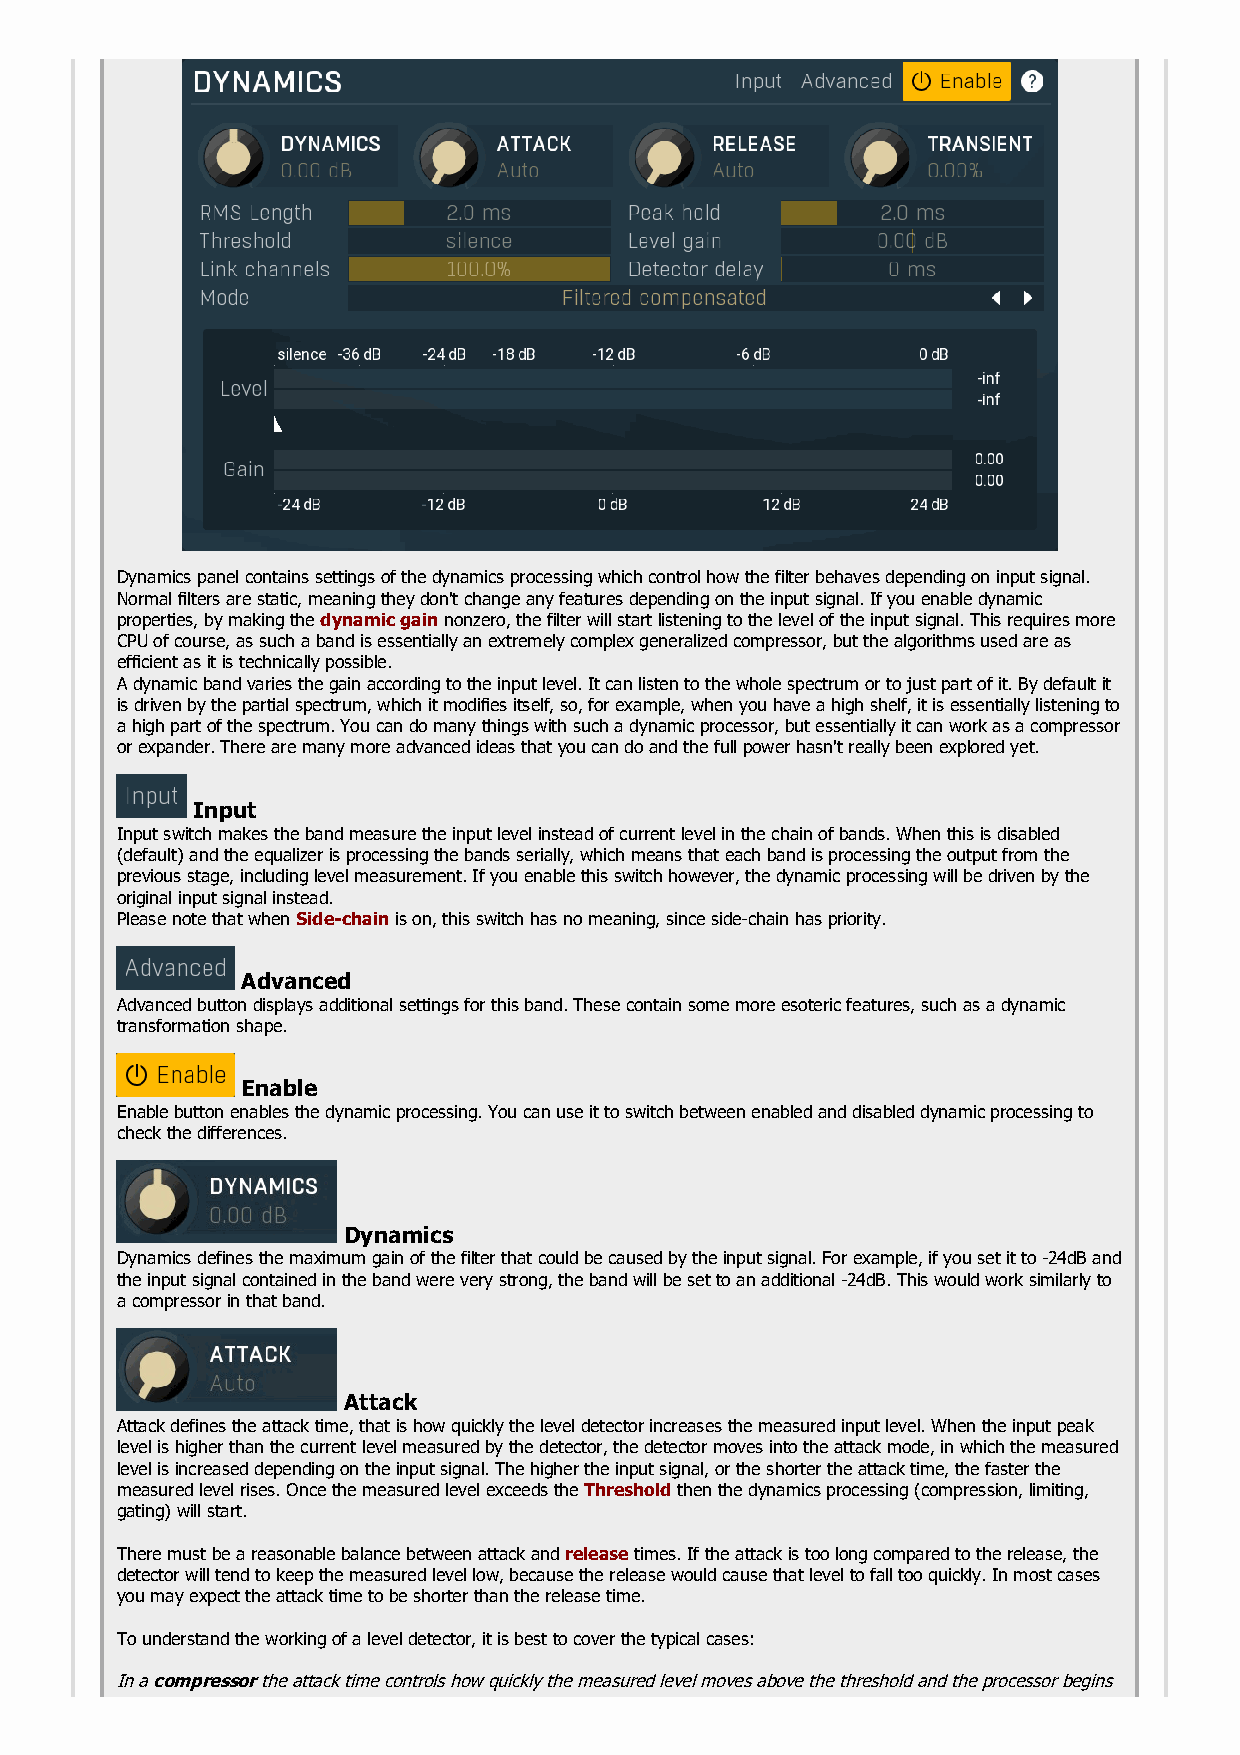
Dynamics panel contains settings of the dynamics processing which control how the filter behaves depending on input signal.
 Normal filters are static, meaning they don't change any features depending on the input signal. If you enable dynamic
 properties, by making the dynamic gain nonzero, the filter will start listening to the level of the input signal. This requires more
 CPU of course, as such a band is essentially an extremely complex generalized compressor, but the algorithms used are as
 efficient as it is technically possible.
 A dynamic band varies the gain according to the input level. It can listen to the whole spectrum or to just part of it. By default it
 is driven by the partial spectrum, which it modifies itself, so, for example, when you have a high shelf, it is essentially listening to
 a high part of the spectrum. You can do many things with such a dynamic processor, but essentially it can work as a compressor
 or expander. There are many more advanced ideas that you can do and the full power hasn't really been explored yet.
 Input
 Input switch makes the band measure the input level instead of current level in the chain of bands. When this is disabled
 (default) and the equalizer is processing the bands serially, which means that each band is processing the output from the
 previous stage, including level measurement. If you enable this switch however, the dynamic processing will be driven by the
 original input signal instead.
 Please note that when Side-chain is on, this switch has no meaning, since side-chain has priority.
 Advanced
 Advanced button displays additional settings for this band. These contain some more esoteric features, such as a dynamic
 transformation shape.
 Enable
 Enable button enables the dynamic processing. You can use it to switch between enabled and disabled dynamic processing to
 check the differences.
 Dynamics
 Dynamics defines the maximum gain of the filter that could be caused by the input signal. For example, if you set it to -24dB and
 the input signal contained in the band were very strong, the band will be set to an additional -24dB. This would work similarly to
 a compressor in that band.
 Attack
 Attack defines the attack time, that is how quickly the level detector increases the measured input level. When the input peak
 level is higher than the current level measured by the detector, the detector moves into the attack mode, in which the measured
 level is increased depending on the input signal. The higher the input signal, or the shorter the attack time, the faster the
 measured level rises. Once the measured level exceeds the Threshold then the dynamics processing (compression, limiting,
 gating) will start.
 There must be a reasonable balance between attack and release times. If the attack is too long compared to the release, the
 detector will tend to keep the measured level low, because the release would cause that level to fall too quickly. In most cases
 you may expect the attack time to be shorter than the release time.
 To understand the working of a level detector, it is best to cover the typical cases:
 In a compressor the attack time controls how quickly the measured level moves above the threshold and the processor begins